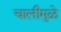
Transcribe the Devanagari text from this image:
चालीमुळे